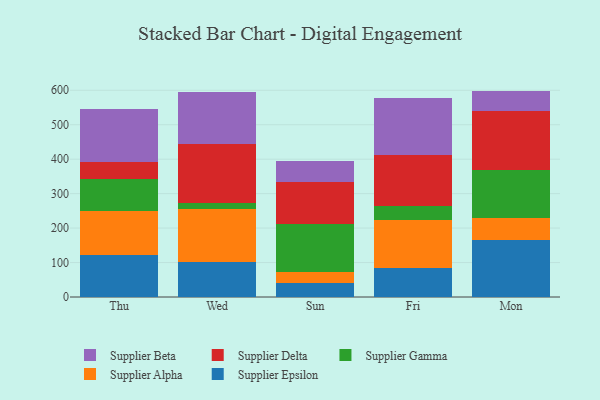
{"axis": {"x": "Day", "y": "Latency (ms)"}, "legend": ["Supplier Alpha", "Supplier Beta", "Supplier Delta", "Supplier Epsilon", "Supplier Gamma"], "data": [{"x": "Thu", "y": 121.0, "type": "Supplier Epsilon"}, {"x": "Thu", "y": 129.1, "type": "Supplier Alpha"}, {"x": "Thu", "y": 91.9, "type": "Supplier Gamma"}, {"x": "Thu", "y": 49.6, "type": "Supplier Delta"}, {"x": "Thu", "y": 155.4, "type": "Supplier Beta"}, {"x": "Wed", "y": 100.2, "type": "Supplier Epsilon"}, {"x": "Wed", "y": 154.9, "type": "Supplier Alpha"}, {"x": "Wed", "y": 18.2, "type": "Supplier Gamma"}, {"x": "Wed", "y": 170.1, "type": "Supplier Delta"}, {"x": "Wed", "y": 151.6, "type": "Supplier Beta"}, {"x": "Sun", "y": 39.4, "type": "Supplier Epsilon"}, {"x": "Sun", "y": 33.4, "type": "Supplier Alpha"}, {"x": "Sun", "y": 140.5, "type": "Supplier Gamma"}, {"x": "Sun", "y": 119.8, "type": "Supplier Delta"}, {"x": "Sun", "y": 62.3, "type": "Supplier Beta"}, {"x": "Fri", "y": 84.7, "type": "Supplier Epsilon"}, {"x": "Fri", "y": 139.5, "type": "Supplier Alpha"}, {"x": "Fri", "y": 40.5, "type": "Supplier Gamma"}, {"x": "Fri", "y": 147.0, "type": "Supplier Delta"}, {"x": "Fri", "y": 165.0, "type": "Supplier Beta"}, {"x": "Mon", "y": 164.3, "type": "Supplier Epsilon"}, {"x": "Mon", "y": 65.1, "type": "Supplier Alpha"}, {"x": "Mon", "y": 140.5, "type": "Supplier Gamma"}, {"x": "Mon", "y": 169.2, "type": "Supplier Delta"}, {"x": "Mon", "y": 59.2, "type": "Supplier Beta"}]}